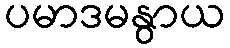
ပမာဒမနွာယ